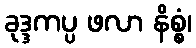
ခုဒ္ဒကပ္ပ ဖလာ နိစ္စံ၊